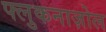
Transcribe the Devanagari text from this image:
फ्लुकनाज़ोल